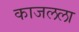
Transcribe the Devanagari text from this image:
काजलला